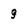
Character: 9